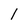
Character: l